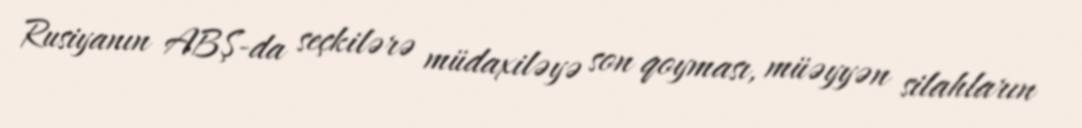
Rusiyanın ABŞ-da seçkilərə müdaxiləyə son qoyması, müəyyən silahların